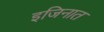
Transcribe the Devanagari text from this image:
इजिनात